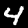
Digit: 4